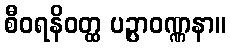
စီဝရနိဝတ္ထ ပဉ္ပာဝဏ္ဏနာ။